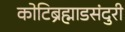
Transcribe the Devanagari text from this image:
कोटिब्रह्माडसंदुरी